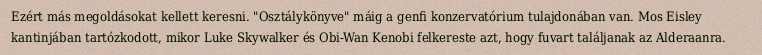
Ezért más megoldásokat kellett keresni. "Osztálykönyve" máig a genfi konzervatórium tulajdonában van. Mos Eisley kantinjában tartózkodott, mikor Luke Skywalker és Obi-Wan Kenobi felkereste azt, hogy fuvart találjanak az Alderaanra.